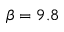
\beta = 9 . 8